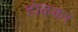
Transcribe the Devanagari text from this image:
होऴकर